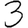
Digit: 3